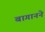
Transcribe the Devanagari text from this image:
बागानने